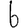
Digit: 6